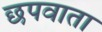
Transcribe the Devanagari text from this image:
छपवाता